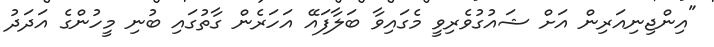
"އިންޖިނިއަރިން އަށް ޝައުގުވެރިވީ މެގައިވާ ބަލާފައޭ އަހަރެން ގާތުގައި ބުނި މީހުންގެ އަދަދު